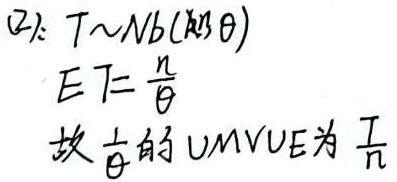
解：已知\(X\sim N(\mu,\sigma^{2})\)，
\[Z = \frac{X - \mu}{\sigma}=1\]